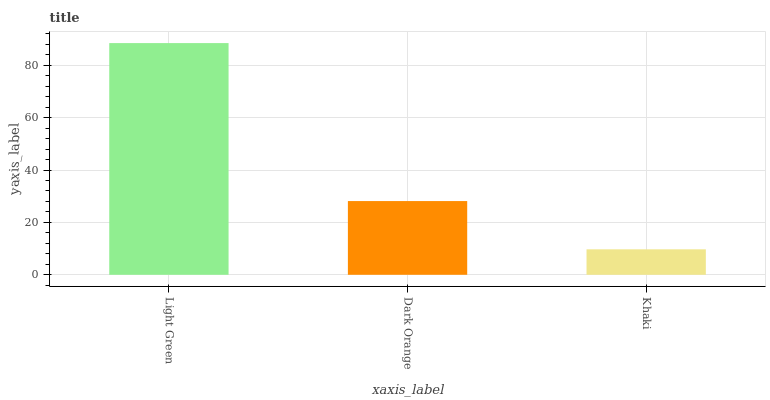
| xaxis_label | bars |
 | --- | --- |
 | Light Green | 88.5 |
 | Dark Orange | 28.2 |
 | Khaki | 9.73 |